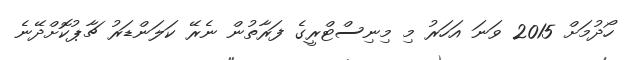
ހޯދުމަށް 2015 ވަނަ އަހަރު މި މިނިސްޓްރީގެ ފަރާތުން ނެރޭ ކަލަންޑަރު ޗާޕުކޮށްދޭނެ